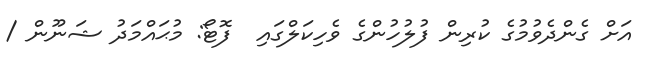
އަށް ގެންދެވުމުގެ ކުރިން ފުލުހުންގެ ވެހިކަލްގައި  ފޮޓޯ: މުޙައްމަދު ޝަނޫން /